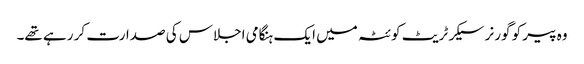
وہ پیر کو گورنر سیکرٹریٹ کوئٹہ میں ایک ہنگامی اجلاس کی صدارت کر رہے تھے۔